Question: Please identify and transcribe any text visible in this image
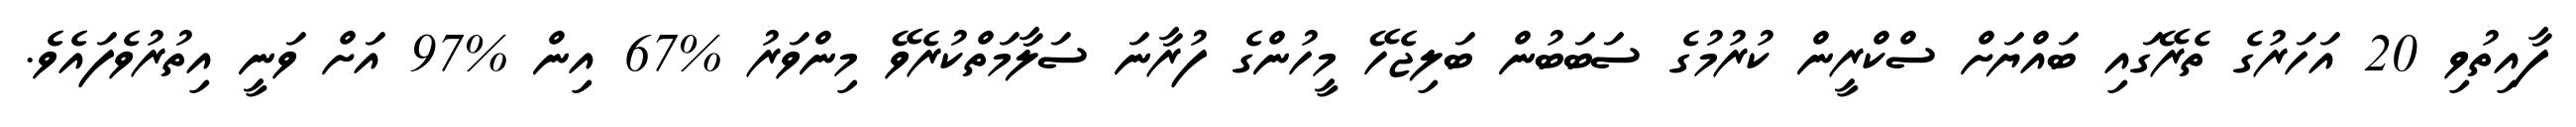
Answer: ފާއިތުވި 20 އަހަރުގެ ތެރޭގައި ބައްޔަށް ސްކްރީން ކުރުމުގެ ސަބަބުން ބަލިޖެހޭ މީހުންގެ ފުރާނަ ސަލާމަތްކުރެވޭ މިންވަރު %67 އިން %97 އަށް ވަނީ އިތުރުވެފައެވެ.